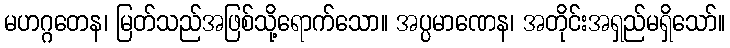
မဟဂ္ဂတေန၊ မြတ်သည်အဖြစ်သို့ရောက်သော။ အပ္ပမာဏေန၊ အတိုင်းအရှည်မရှိသော်။